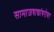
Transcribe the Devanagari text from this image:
सामाजवाद्यांवरोबर